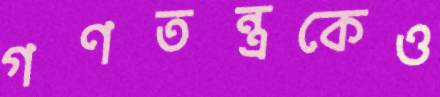
গণতন্ত্রকেও